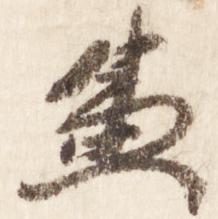
兼